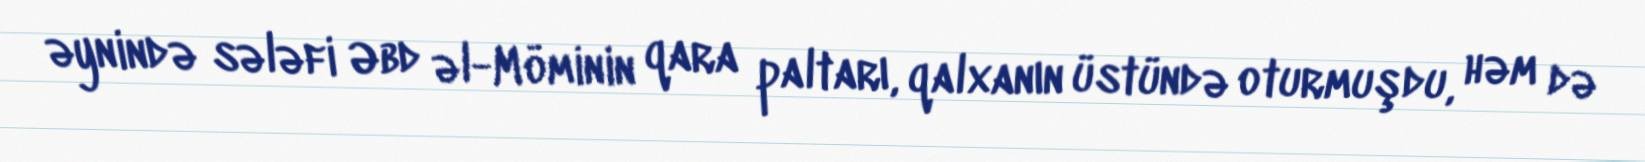
əynində sələfi Əbd əl-Möminin qara paltarı, qalxanın üstündə oturmuşdu, həm də